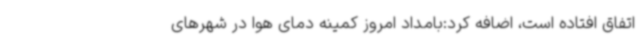
اتفاق افتاده است، اضافه کرد:بامداد امروز کمینه دمای هوا در شهرهای